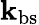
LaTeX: \mathbf{k}_{\mathrm{{bs}}}